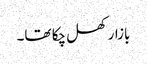
بازار کھل چکا تھا۔